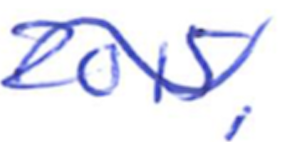
Text: 2015,
Cross-out: wave
Writing tool: ballpoint